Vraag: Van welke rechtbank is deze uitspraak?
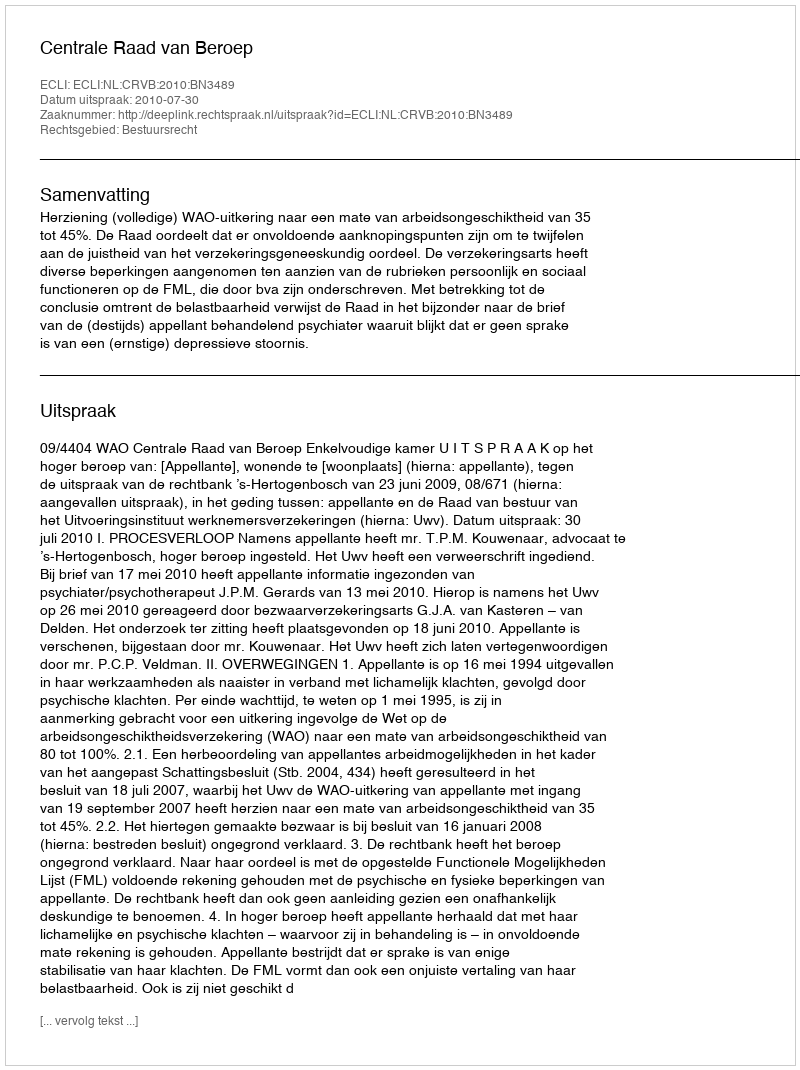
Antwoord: Centrale Raad van Beroep